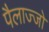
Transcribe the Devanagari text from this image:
पैलाज्जो